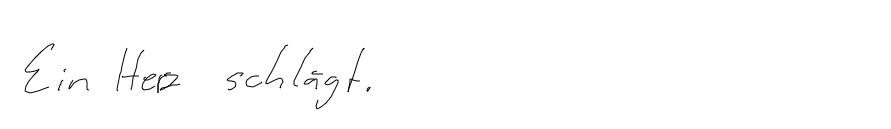
Ein Herz schlägt.